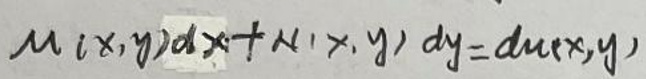
\[M(x,y)dx + N(x,y)dy = du(x,y)\]